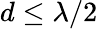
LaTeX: d\leq\lambda/2